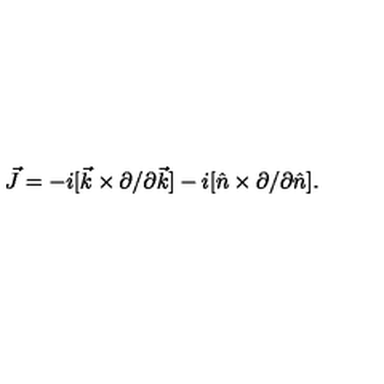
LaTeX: \vec { J } = - i [ \vec { k } \times \partial / \partial \vec { k } ] - i [ \hat { n } \times \partial / \partial \hat { n } ] .